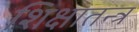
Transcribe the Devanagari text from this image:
शिक्षातन्त्र